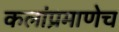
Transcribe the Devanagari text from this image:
कलांप्रमाणेच